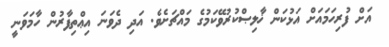
އަށް ފުރިހަމައަށް އަޅުކަން ޚާލިޞްކުރުވޭކަމުގެ މައްޗަށެވެ. އަދި ދެވަނަ އިޢްތިފާރުން ހާމަވަނީ